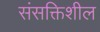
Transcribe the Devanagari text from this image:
संसक्तिशील